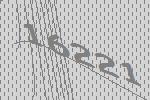
16221